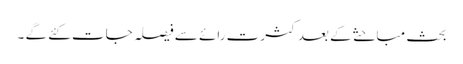
بحث مباحثے کے بعد کثرت رائے سے فیصلہ جات کئے گے ۔